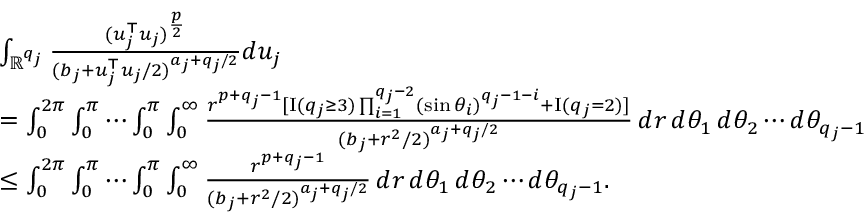
\begin{array} { r l } & { \int _ { \mathbb { R } ^ { q _ { j } } } \frac { ( u _ { j } ^ { \top } u _ { j } ) ^ { \frac { p } { 2 } } } { ( b _ { j } + u _ { j } ^ { \top } u _ { j } / 2 ) ^ { a _ { j } + q _ { j } / 2 } } d u _ { j } } \\ & { = \int _ { 0 } ^ { 2 \pi } \int _ { 0 } ^ { \pi } \cdots \int _ { 0 } ^ { \pi } \int _ { 0 } ^ { \infty } \frac { r ^ { p + q _ { j } - 1 } [ { \mathrm { I } } ( q _ { j } \ge 3 ) \prod _ { i = 1 } ^ { q _ { j } - 2 } ( \sin \theta _ { i } ) ^ { q _ { j } - 1 - i } + { \mathrm { I } } ( q _ { j } = 2 ) ] } { ( b _ { j } + r ^ { 2 } / 2 ) ^ { a _ { j } + q _ { j } / 2 } } \, d r \, d \theta _ { 1 } \, d \theta _ { 2 } \cdots d \theta _ { q _ { j } - 1 } } \\ & { \le \int _ { 0 } ^ { 2 \pi } \int _ { 0 } ^ { \pi } \cdots \int _ { 0 } ^ { \pi } \int _ { 0 } ^ { \infty } \frac { r ^ { p + q _ { j } - 1 } } { ( b _ { j } + r ^ { 2 } / 2 ) ^ { a _ { j } + q _ { j } / 2 } } \, d r \, d \theta _ { 1 } \, d \theta _ { 2 } \cdots d \theta _ { q _ { j } - 1 } . } \end{array}